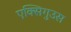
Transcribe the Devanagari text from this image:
एक्सिगुउस